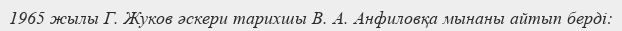
1965 жылы Г. Жуков әскери тарихшы В. А. Анфиловқа мынаны айтып берді: